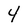
Character: 4